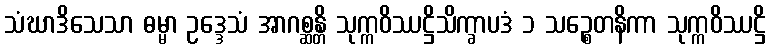
သံဃာဒိသေသာ ဓမ္မာ ဥဒ္ဒေသံ အာဂစ္ဆန္တိ သုက္ကဝိဿဋ္ဌိသိက္ခာပဒံ ၁ သဉ္စေတနိကာ သုက္ကဝိဿဋ္ဌိ